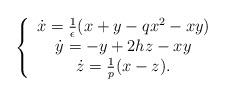
LaTeX: \begin{align*}\left\{\begin{array}[c]{c}\dot{x}={\frac{1}{\epsilon}}(x+y-qx^{2}-xy)\\\dot{y}=-y+2hz-xy\\\dot{z}={\frac{1}{p}}(x-z).\end{array}\right. \end{align*}